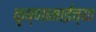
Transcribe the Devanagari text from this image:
कृष्णामाईंच्या